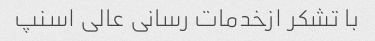
با تشکر ازخدمات رسانی عالی اسنپ